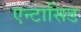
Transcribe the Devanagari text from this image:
एन्टासिड